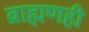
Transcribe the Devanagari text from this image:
ब्राह्मणही